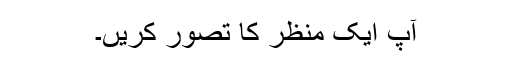
آپ ایک منظر کا تصور کریں۔